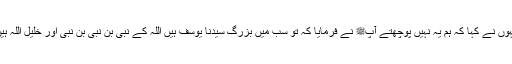
انہوں نے کہا کہ ہم یہ نہیں پوچھتے آپﷺ نے فرمایا کہ تو سب میں بزرگ سیدنا یوسفؑ ہیں اللہ کے نبی بن نبی بن نبی اور خلیل اللہؑ ہیں۔